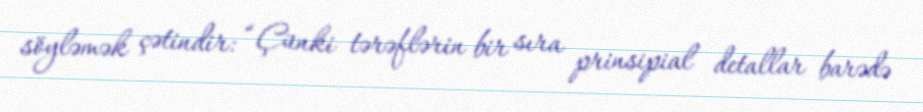
söyləmək çətindir: “Çünki tərəflərin bir sıra prinsipial detallar barədə